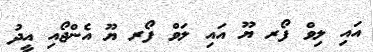
އައި ލިވް ފޯރ ޔޫ އައި ލަވް ފޯރ ޔޫ އެންޖޯއި އީދު